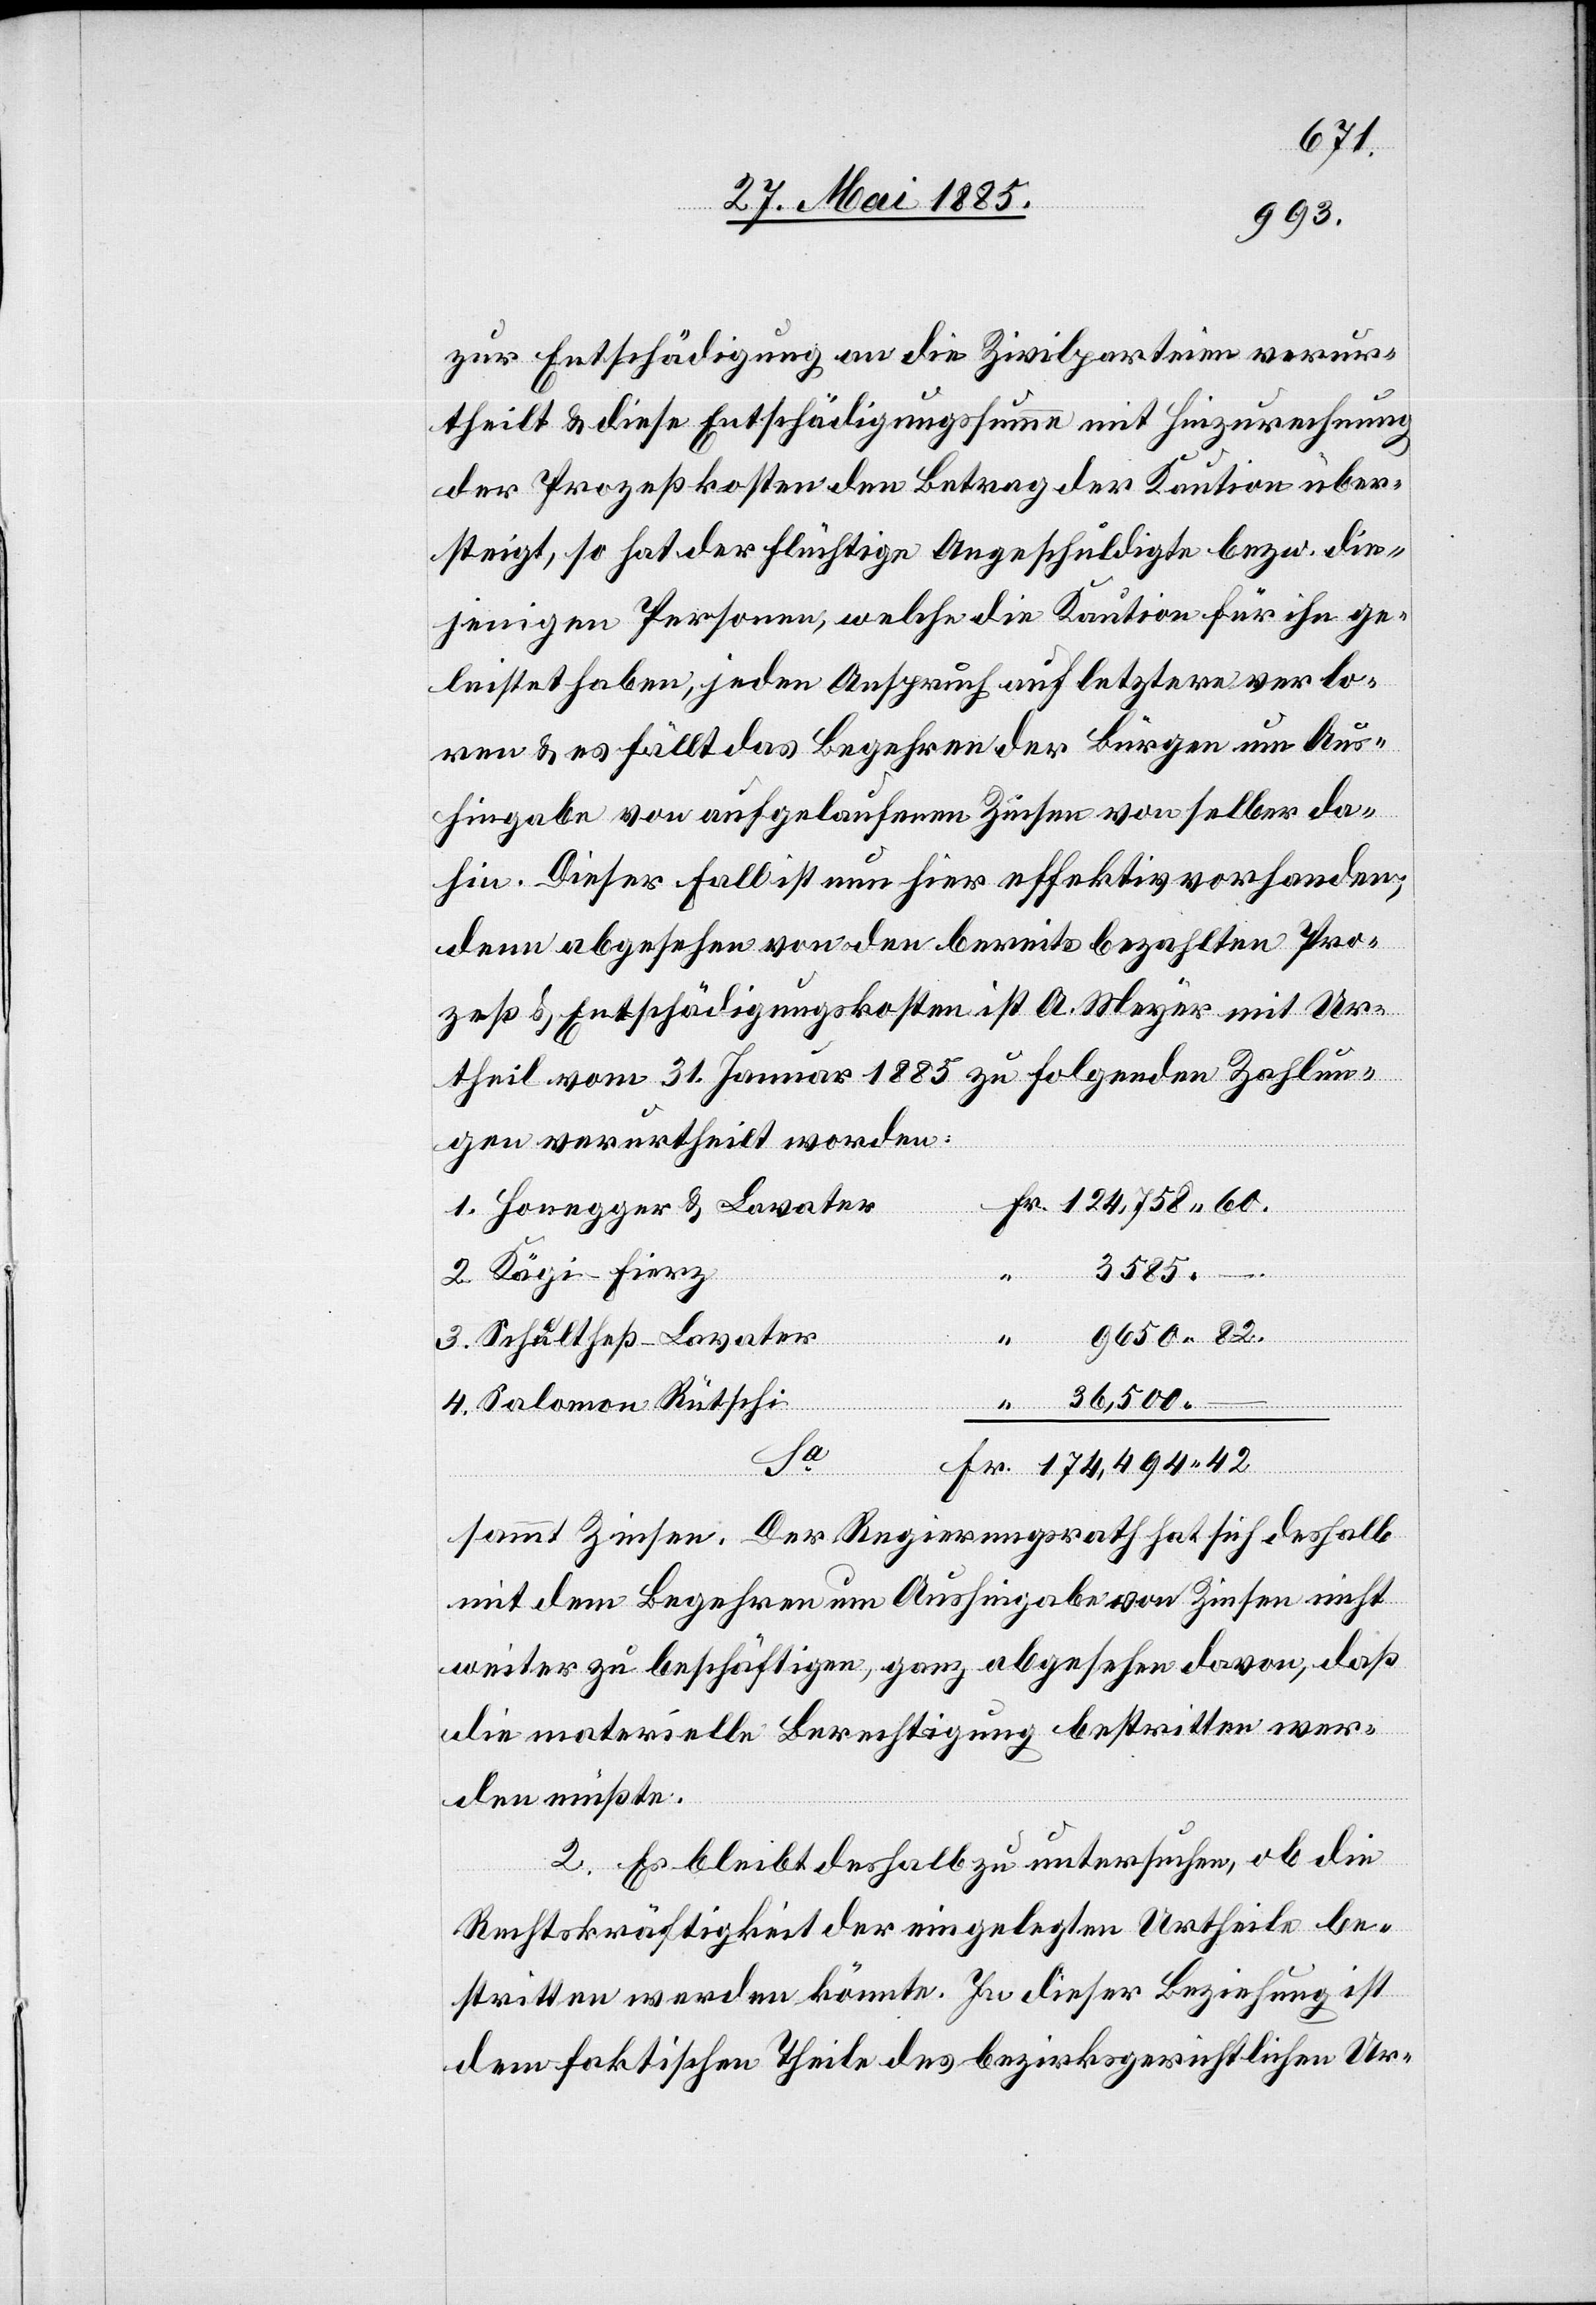
zur Entschädigung an die Zivilparteien verur¬
theilt & diese Entschädigungssumme mit Hinzurechnung
der Prozeßkosten den Betrag der Kaution über¬
steigt, so hat der flüchtige Angeschuldigte bezw. die¬
jenigen Personen, welche die Kaution für ihn ge¬
leistet haben, jeden Anspruch auf letztere verlo¬
ren & es fällt das Begehren der Bürgen um Aus¬
hingabe von aufgelaufenen Zinsen von selber da¬
hin. Dieser Fall ist nun hier effektiv vorhanden,
denn abgesehen von den bereits bezahlten Pro¬
zeß[-] & Entschädigungskosten ist A. Meyer mit Ur¬
theil vom 31. Januar 1885 zu folgenden Zahlun¬
gen verurtheilt worden:
3585.
1.
Honegger
Schultheß-Lavater
36,500.
–
9650.
Kägi-Fierz
Salomon Rütschi
Fr.
sammt Zinsen. Der Regierungsrath hat sich deshalb
mit dem Begehren um Aushingabe von Zinsen nicht
weiter zu beschäftigen, ganz abgesehen davon, daß
die materielle Berechtigung bestritten wer¬
den müßte.
2. Es bleibt deshalb zu untersuchen, ob die
Rechtskräftigkeit der eingelegten Urtheile be¬
stritten werden könnte. In dieser Beziehung ist
dem faktischen Theile des bezirksgerichtlichen Ur-